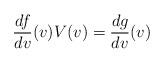
LaTeX: \begin{align*} \frac{df}{dv}(v)V(v)=\frac{dg}{dv}(v)\end{align*}